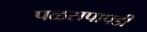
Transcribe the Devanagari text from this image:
पळसपापडी